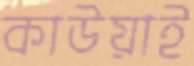
কাউয়াই